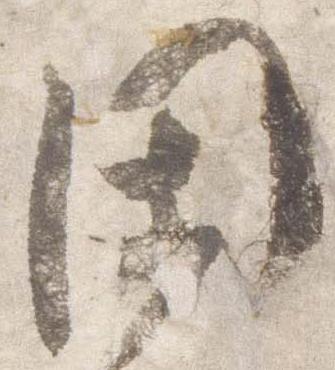
閑